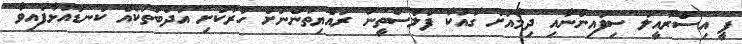
ޕީ އިސްރާއީލު ސިފައިންނާއި ދިމާއަށް ގާއުކާ ފަލަސްތީނު ރައްޔިތުންނަށް ހަރުކަށި އަދަބުތަކެއް ކަނޑައަޅާފައިވާ